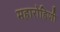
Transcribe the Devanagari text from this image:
महारोहिणी